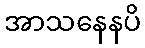
အာသနေနပိ